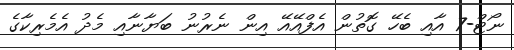
ނޯޓް-7 އާއި ބެހޭ ގޮތުން އެފްއޭއޭ އިން ނެރުނު ބަޔާނާއި މެދު އެމެރިކާގެ